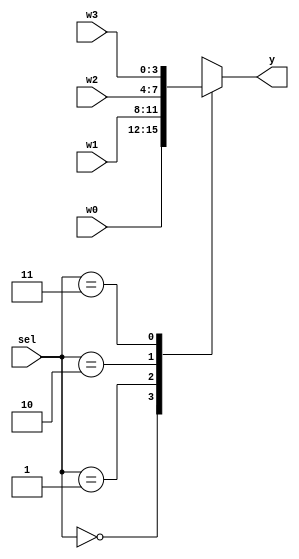
`timescale 1 ns/1 ns

module multiplexer4x4 (
	input [3:0] w3 ,
	input [3:0] w2 ,
	input [3:0] w1 ,
	input [3:0] w0 ,
	input [1:0]	sel ,
	output [3:0] y );
	
	reg [3:0] y_1;
	always @(sel, w0, w1, w2, w3)
		case(sel)
			2'b00: y_1 = w0;
			2'b01: y_1 = w1;
			2'b10: y_1 = w2;
			2'b11: y_1 = w3;
		endcase
	assign y = y_1;
endmodule